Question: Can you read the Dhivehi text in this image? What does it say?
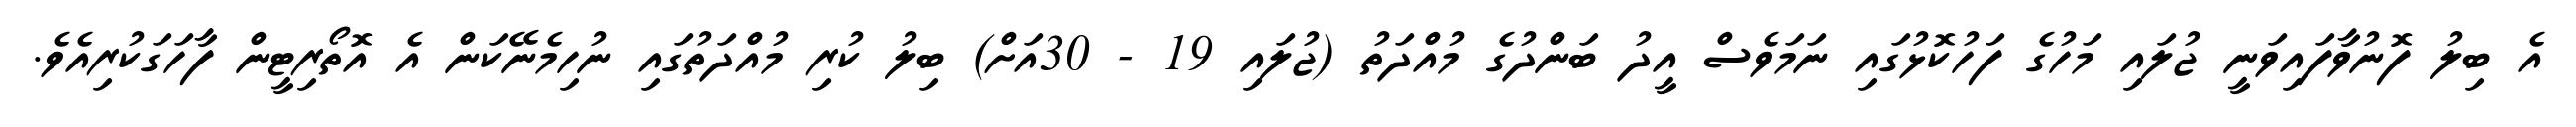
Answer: އެ ބިލު ފޮނުވާފައިވަނީ ޖުލައި މަހުގެ ފަހުކޮޅުގައި ނަމަވެސް އީދު ބަންދުގެ މުއްދަތު (ޖުލައި 19 - 30އަށް) ބިލު ކުރި މުއްދަތުގައި ނުހިމެނޭކަން އެ އޮތޯރިޓީން ފާހަގަކުރިއެވެ.